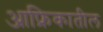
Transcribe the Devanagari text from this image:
आफ्रिकातील